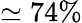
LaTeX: \simeq 74\%